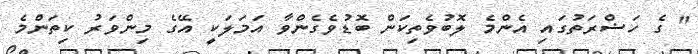
" ގެ ހަޟްރަތުގައި އެންމެ ލޮބުވެތިކަން ބޮޑުވެގެންވާ އަމަލަކީ އޭގެ މިންވަރު ކިތަންމެ